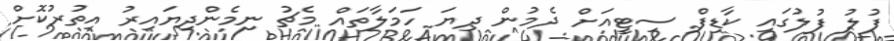
ފުލު ފުލުގައި ކާޑިފް ސިޓީއަށް ދެމުން ދިޔަ ހަމަލާތައް މެޗު ނިމެންދިޔައިރު އިތުރުކޮށް